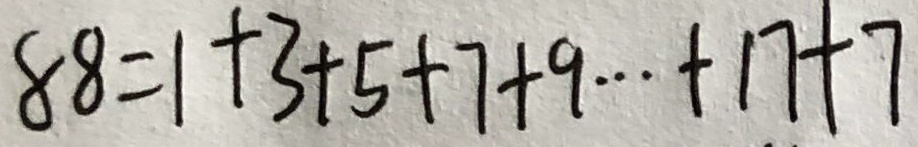
8 8 = 1 + 3 + 5 + 7 + 9 \cdots + 1 7 + 7